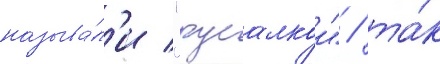
называ́л'и "русалкои" / та́к